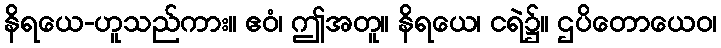
နိရယေ-ဟူသည်ကား။ ဧဝံ၊ ဤအတူ။ နိရယေ၊ ငရဲ၌။ ဌပိတောယေဝ၊